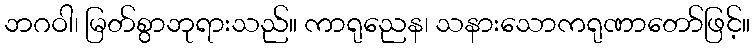
ဘဂဝါ၊ မြတ်စွာဘုရားသည်။ ကာရုညေန၊ သနားသောကရုဏာတော်ဖြင့်။